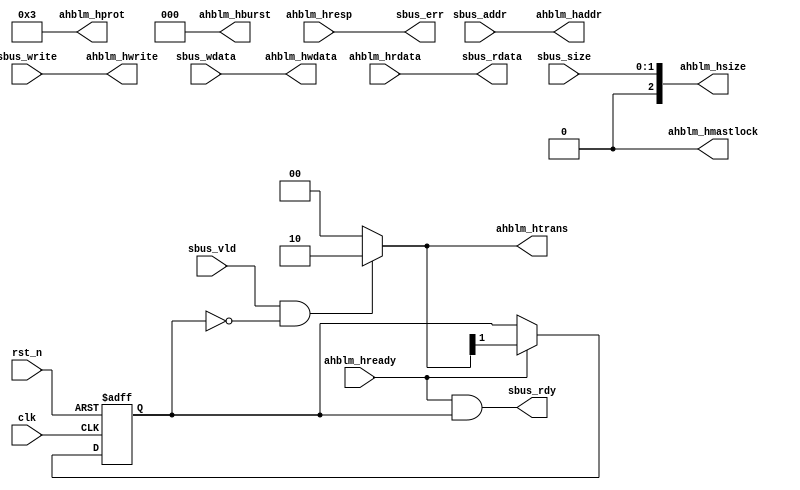
module hazard3_sbus_to_ahb #(
	parameter W_ADDR = 32,
	parameter W_DATA = 32
) (
	input wire               clk,
	input wire               rst_n,

	input  wire [W_ADDR-1:0] sbus_addr,
	input  wire              sbus_write,
	input  wire [1:0]        sbus_size,
	input  wire              sbus_vld,
	output wire              sbus_rdy,
	output wire              sbus_err,
	input  wire [W_DATA-1:0] sbus_wdata,
	output wire [W_DATA-1:0] sbus_rdata,

	output wire [W_ADDR-1:0] ahblm_haddr,
	output wire              ahblm_hwrite,
	output wire [1:0]        ahblm_htrans,
	output wire [2:0]        ahblm_hsize,
	output wire [2:0]        ahblm_hburst,
	output wire [3:0]        ahblm_hprot,
	output wire              ahblm_hmastlock,
	input  wire              ahblm_hready,
	input  wire              ahblm_hresp,
	output wire [W_DATA-1:0] ahblm_hwdata,
	input  wire [W_DATA-1:0] ahblm_hrdata
);

// Most signals are simple tie-throughs

assign ahblm_haddr     = sbus_addr;
assign ahblm_hwrite    = sbus_write;
assign ahblm_hsize     = {1'b0, sbus_size};
assign ahblm_hwdata    = sbus_wdata;

// HPROT = noncacheable nonbufferable privileged data access:
assign ahblm_hprot     = 4'b0011;
assign ahblm_hmastlock = 1'b0;
assign ahblm_hburst    = 3'h0;

assign sbus_err        = ahblm_hresp;
assign sbus_rdata      = ahblm_hrdata;

// Handshaking

reg dph_active;

always @ (posedge clk or negedge rst_n) begin
	if (!rst_n) begin
		dph_active <= 1'b0;
	end else if (ahblm_hready) begin
		dph_active <= ahblm_htrans[1];
	end
end

assign ahblm_htrans = sbus_vld && !dph_active ? 2'b10 : 2'b00;

assign sbus_rdy = ahblm_hready && dph_active;

endmodule